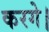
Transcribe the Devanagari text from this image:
करगे।